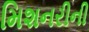
મિશનરીની